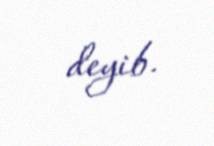
deyib.